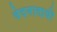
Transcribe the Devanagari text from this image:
वेदनादायी